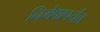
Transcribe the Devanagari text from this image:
निमेषापर्यंत